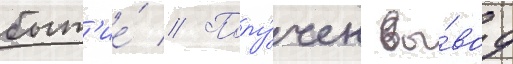
быт'ие́ // Полу́чен вы́вод